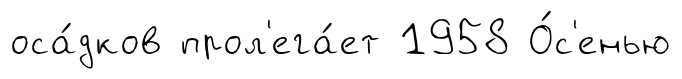
оса́дков прол'ега́ет 1958 О́с'енью